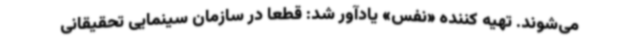
می‌شوند. تهیه کننده «نفس» یادآور شد: قطعا در سازمان سینمایی تحقیقانی